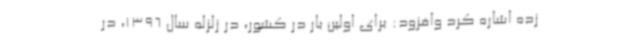
زده اشاره کرد وافزود: برای اولین بار در کشور، در زلزله سال 1396، در